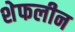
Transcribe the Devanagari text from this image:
शेफलीन